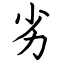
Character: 劣